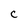
Character: C